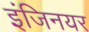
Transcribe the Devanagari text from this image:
इंजिनयर